Annual report of the Central Committee of the Association together with the report of the directors of the Pasteur Institute at Kasauli
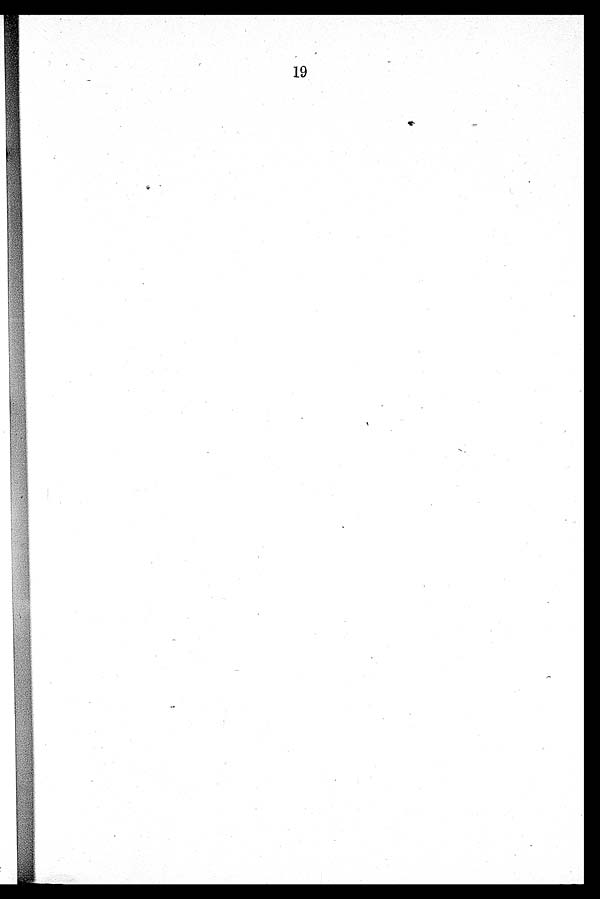
19